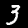
Digit: 3